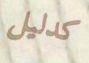
كدليل